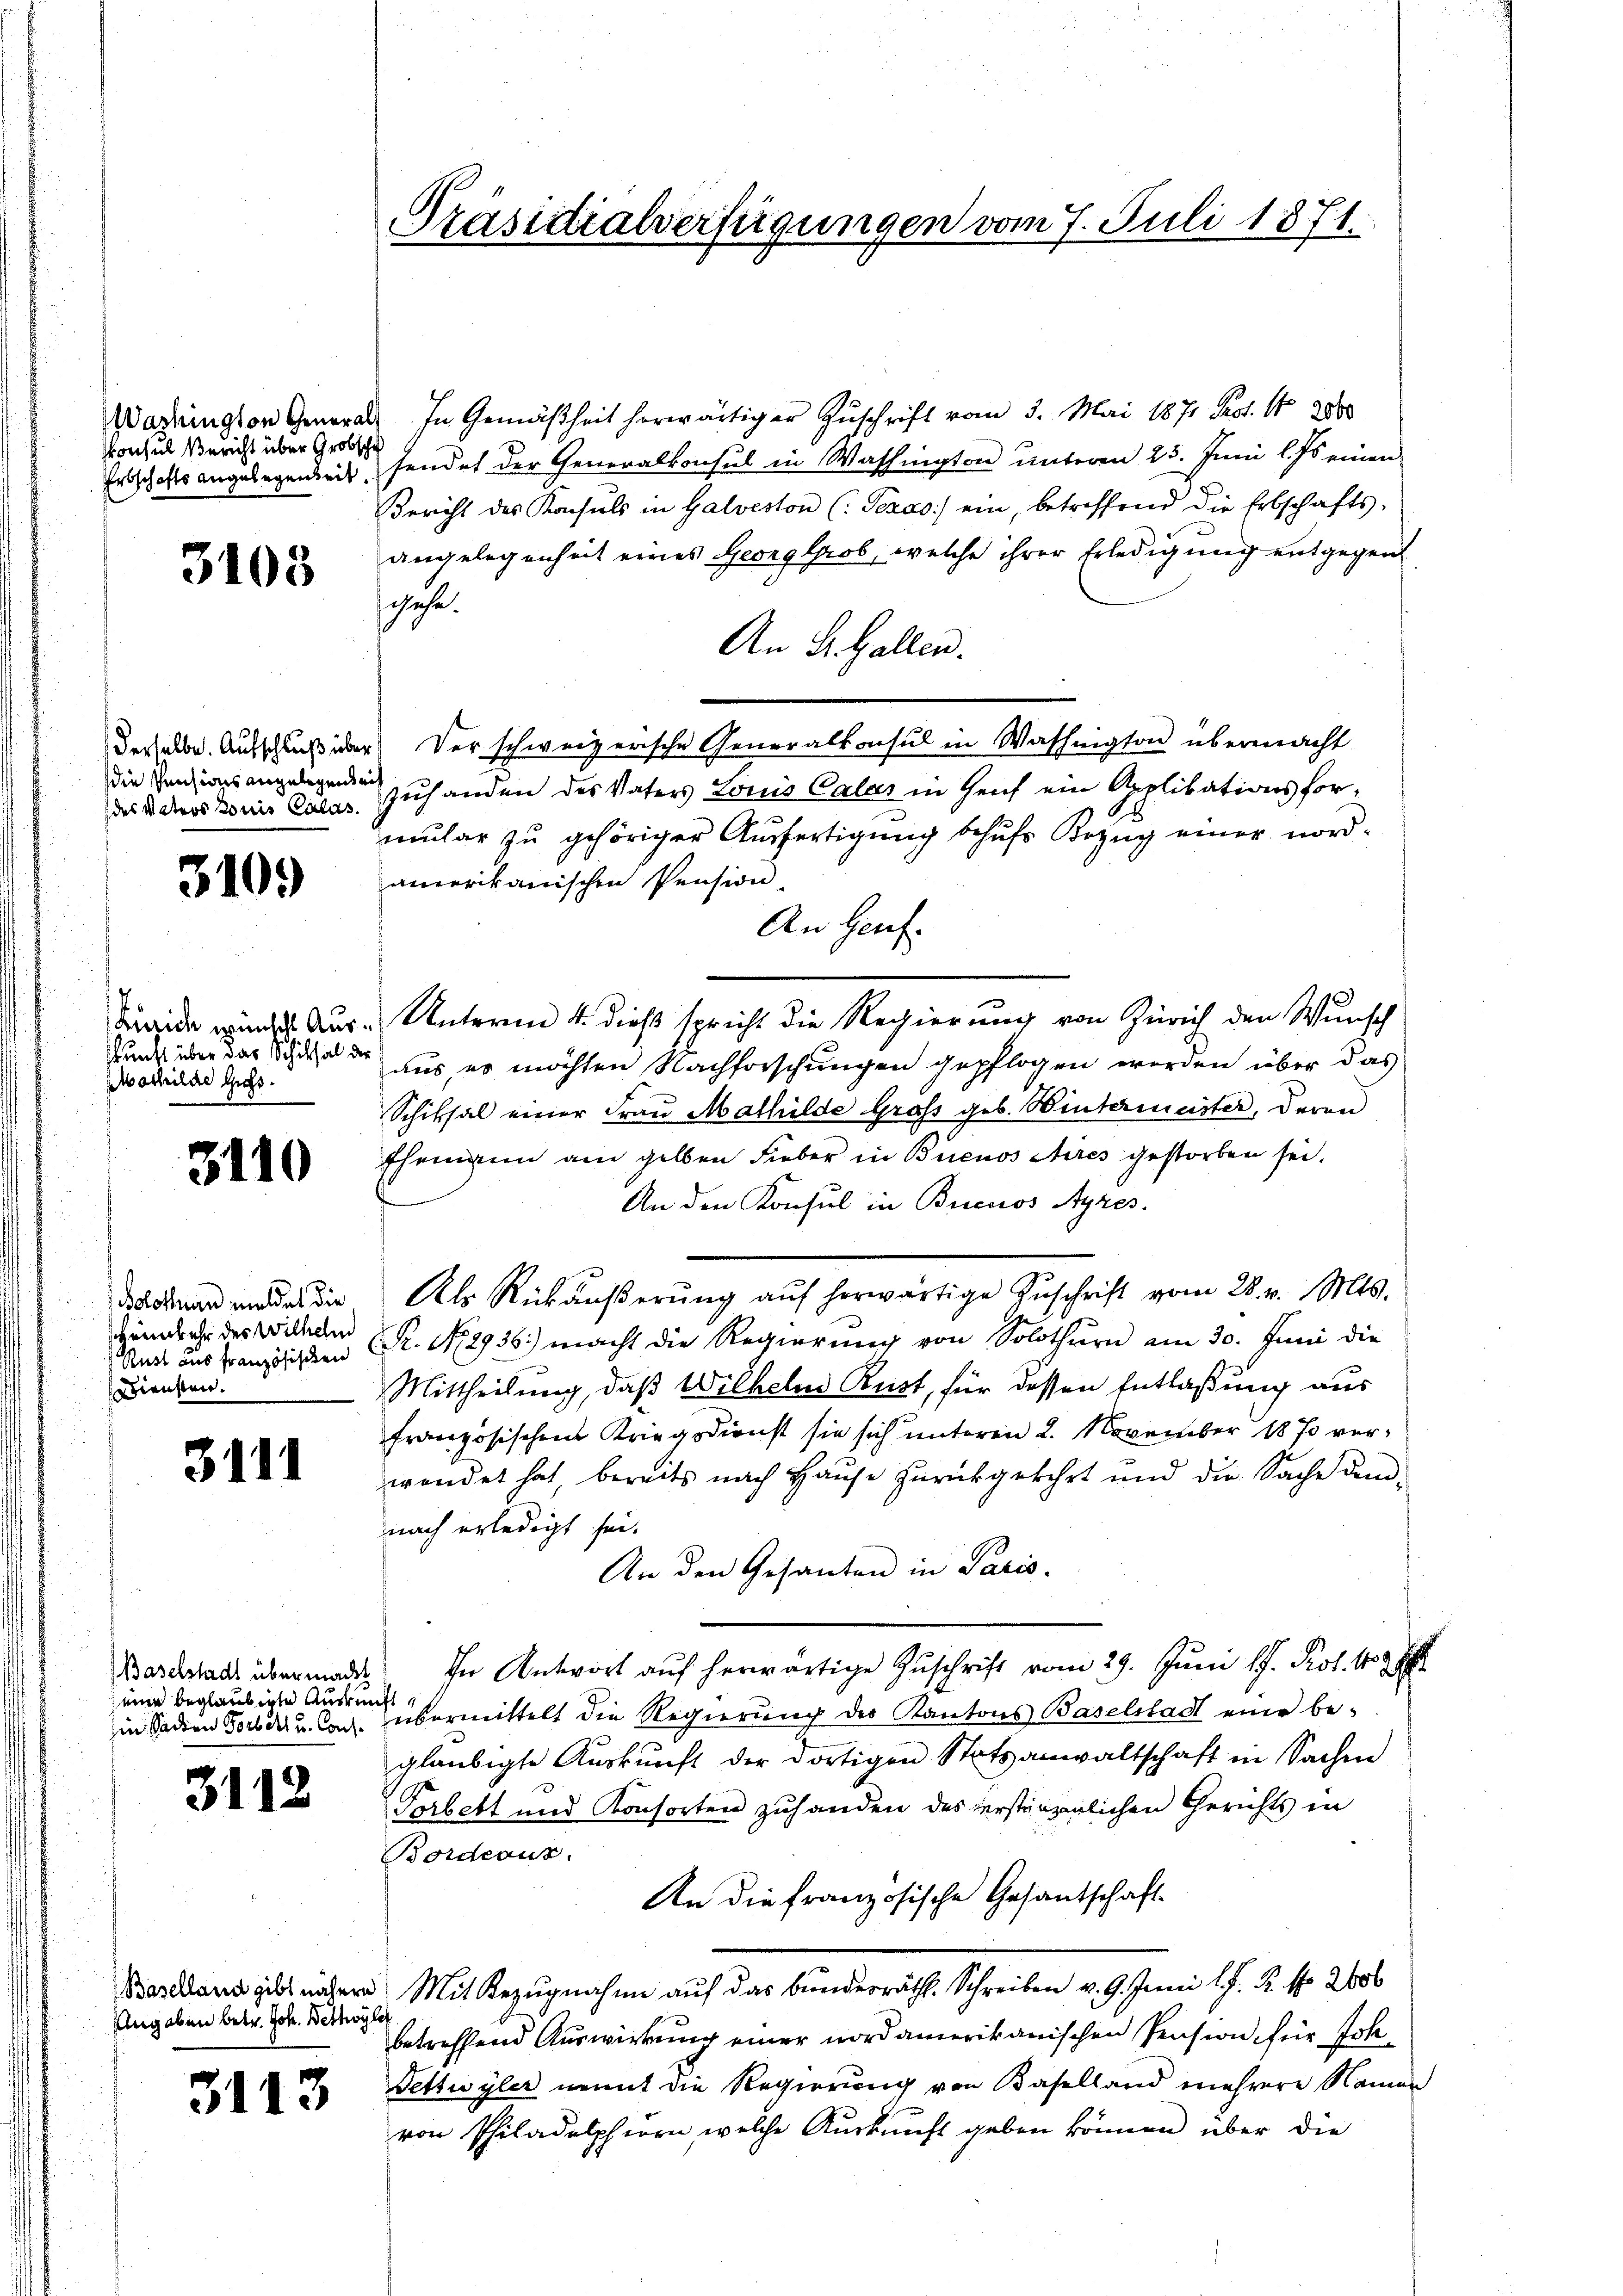
Konsul Bericht über Grobscha

3103

die Pensions angelegende
des Matros Louis Calas.

3109

skunft über das Schiksal der
Mathilde Guts.

3110

Solothurn meldet die
Heimkehr des Wilhelm
ediensten.

3111

Baselstadt übermacht
eine beglaubigte Auskunft

3112

Eingaben betr. Joh. Bethoyle

3113

Präsidialverfügungen vom 7. Juli 1871.

Wadington General In Gemäßheit herwärtiger Zuschrift vom 3. Mai 1871 Pest. 1 2000
Erdschafts angelegenheit, sendet der Generalkonsul in Washington unteren 25. Juni l. Js. einen
Bericht des Konsuls in Galveston (: Pezas) ein, betreffend die Erbschafts-
angelegenheit eines Georglob, welche ihrer Erledigung entgegen
schehe.
An St. Gallen.
derselbe. Ausschluß der Verschweizerische Generalkonsul in Washington übermacht
Zuhanden des Vaters Louis Calas in Genf ein Applikationsformular zu gehöriger Ausfertigung behufs Bezug einer nordamerikanischen Pension.
An Heut
Beide wurde. Aus - Unterm 4. dieß spricht die Regierung von Zürich den Wunsch
aus, es möchten Nachforschungen gepflogen werden über das
Schiksal einer Frau Mathilde Gras geb. Wintermeister, deren
Ehemann am gelben Fieber in Buenos Aires gestorben sei.
An den Konsul in Buenos Ayres.
Als Rückäußerung aŭf herwärtige Zuschrift vom 28. v. Mts.
Stadt aus Französichern R. N. 2936.) macht die Regierung von Solothurn am 30. Juni die
Mittheilung, daß Wilheln Rust, für dessen Entlaßung aus
französischen Kriegsdienst sie sich unteren 2. November 1870 verwendet hat, bereits nach Hause zurückgekehrt und die Sache dem-
nach erledigt sei.
An den Gesanten in Paris.
Ihn Antwort aŭf herwärtige Zŭschrift vom 29. Juni lJ. Prof. 109
in Sadern Forde u. Co. übermittelt die Regierung des Kantons Baselstadt eine begläubigte Aŭskŭnft der dortigen Statsanwaltschaft in Sachen
Torbett und Konsorten zuhanden des erstänzenlichen Gerichts in
Bordeaus.
An die französische Gesantschaft
Bastand gibt nähern. Mit Bezugnahme auf das bundesräthl. Schreiben v. 9. Juni l. J. R. No 2606
betreffend Auswirkung einer nordamerikanischen Pension für Joh¬
Tettwyler nomit die Regierung von Baselland mehrere Namen
von Philadelphiern, welche Auskunft geben können über die